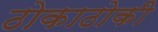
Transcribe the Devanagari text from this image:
ठोकाठोकी